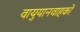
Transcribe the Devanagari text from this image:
वायुयानवाहकों